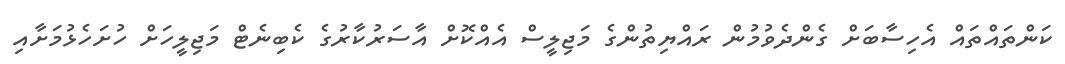
ކަންތައްތައް އެހިސާބަށް ގެންދެވުމުން ރައްޔިތުންގެ މަޖިލީސް އެއްކޮށް އާސަރުކާރުގެ ކެބިނެޓް މަޖިލީހަށް ހުށަހެޅުމަށާއި